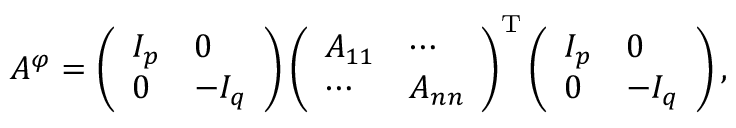
A ^ { \varphi } = \left( { \begin{array} { l l } { I _ { p } } & { 0 } \\ { 0 } & { - I _ { q } } \end{array} } \right) \left( { \begin{array} { l l } { A _ { 1 1 } } & { \cdots } \\ { \cdots } & { A _ { n n } } \end{array} } \right) ^ { \mathrm { T } } \left( { \begin{array} { l l } { I _ { p } } & { 0 } \\ { 0 } & { - I _ { q } } \end{array} } \right) ,